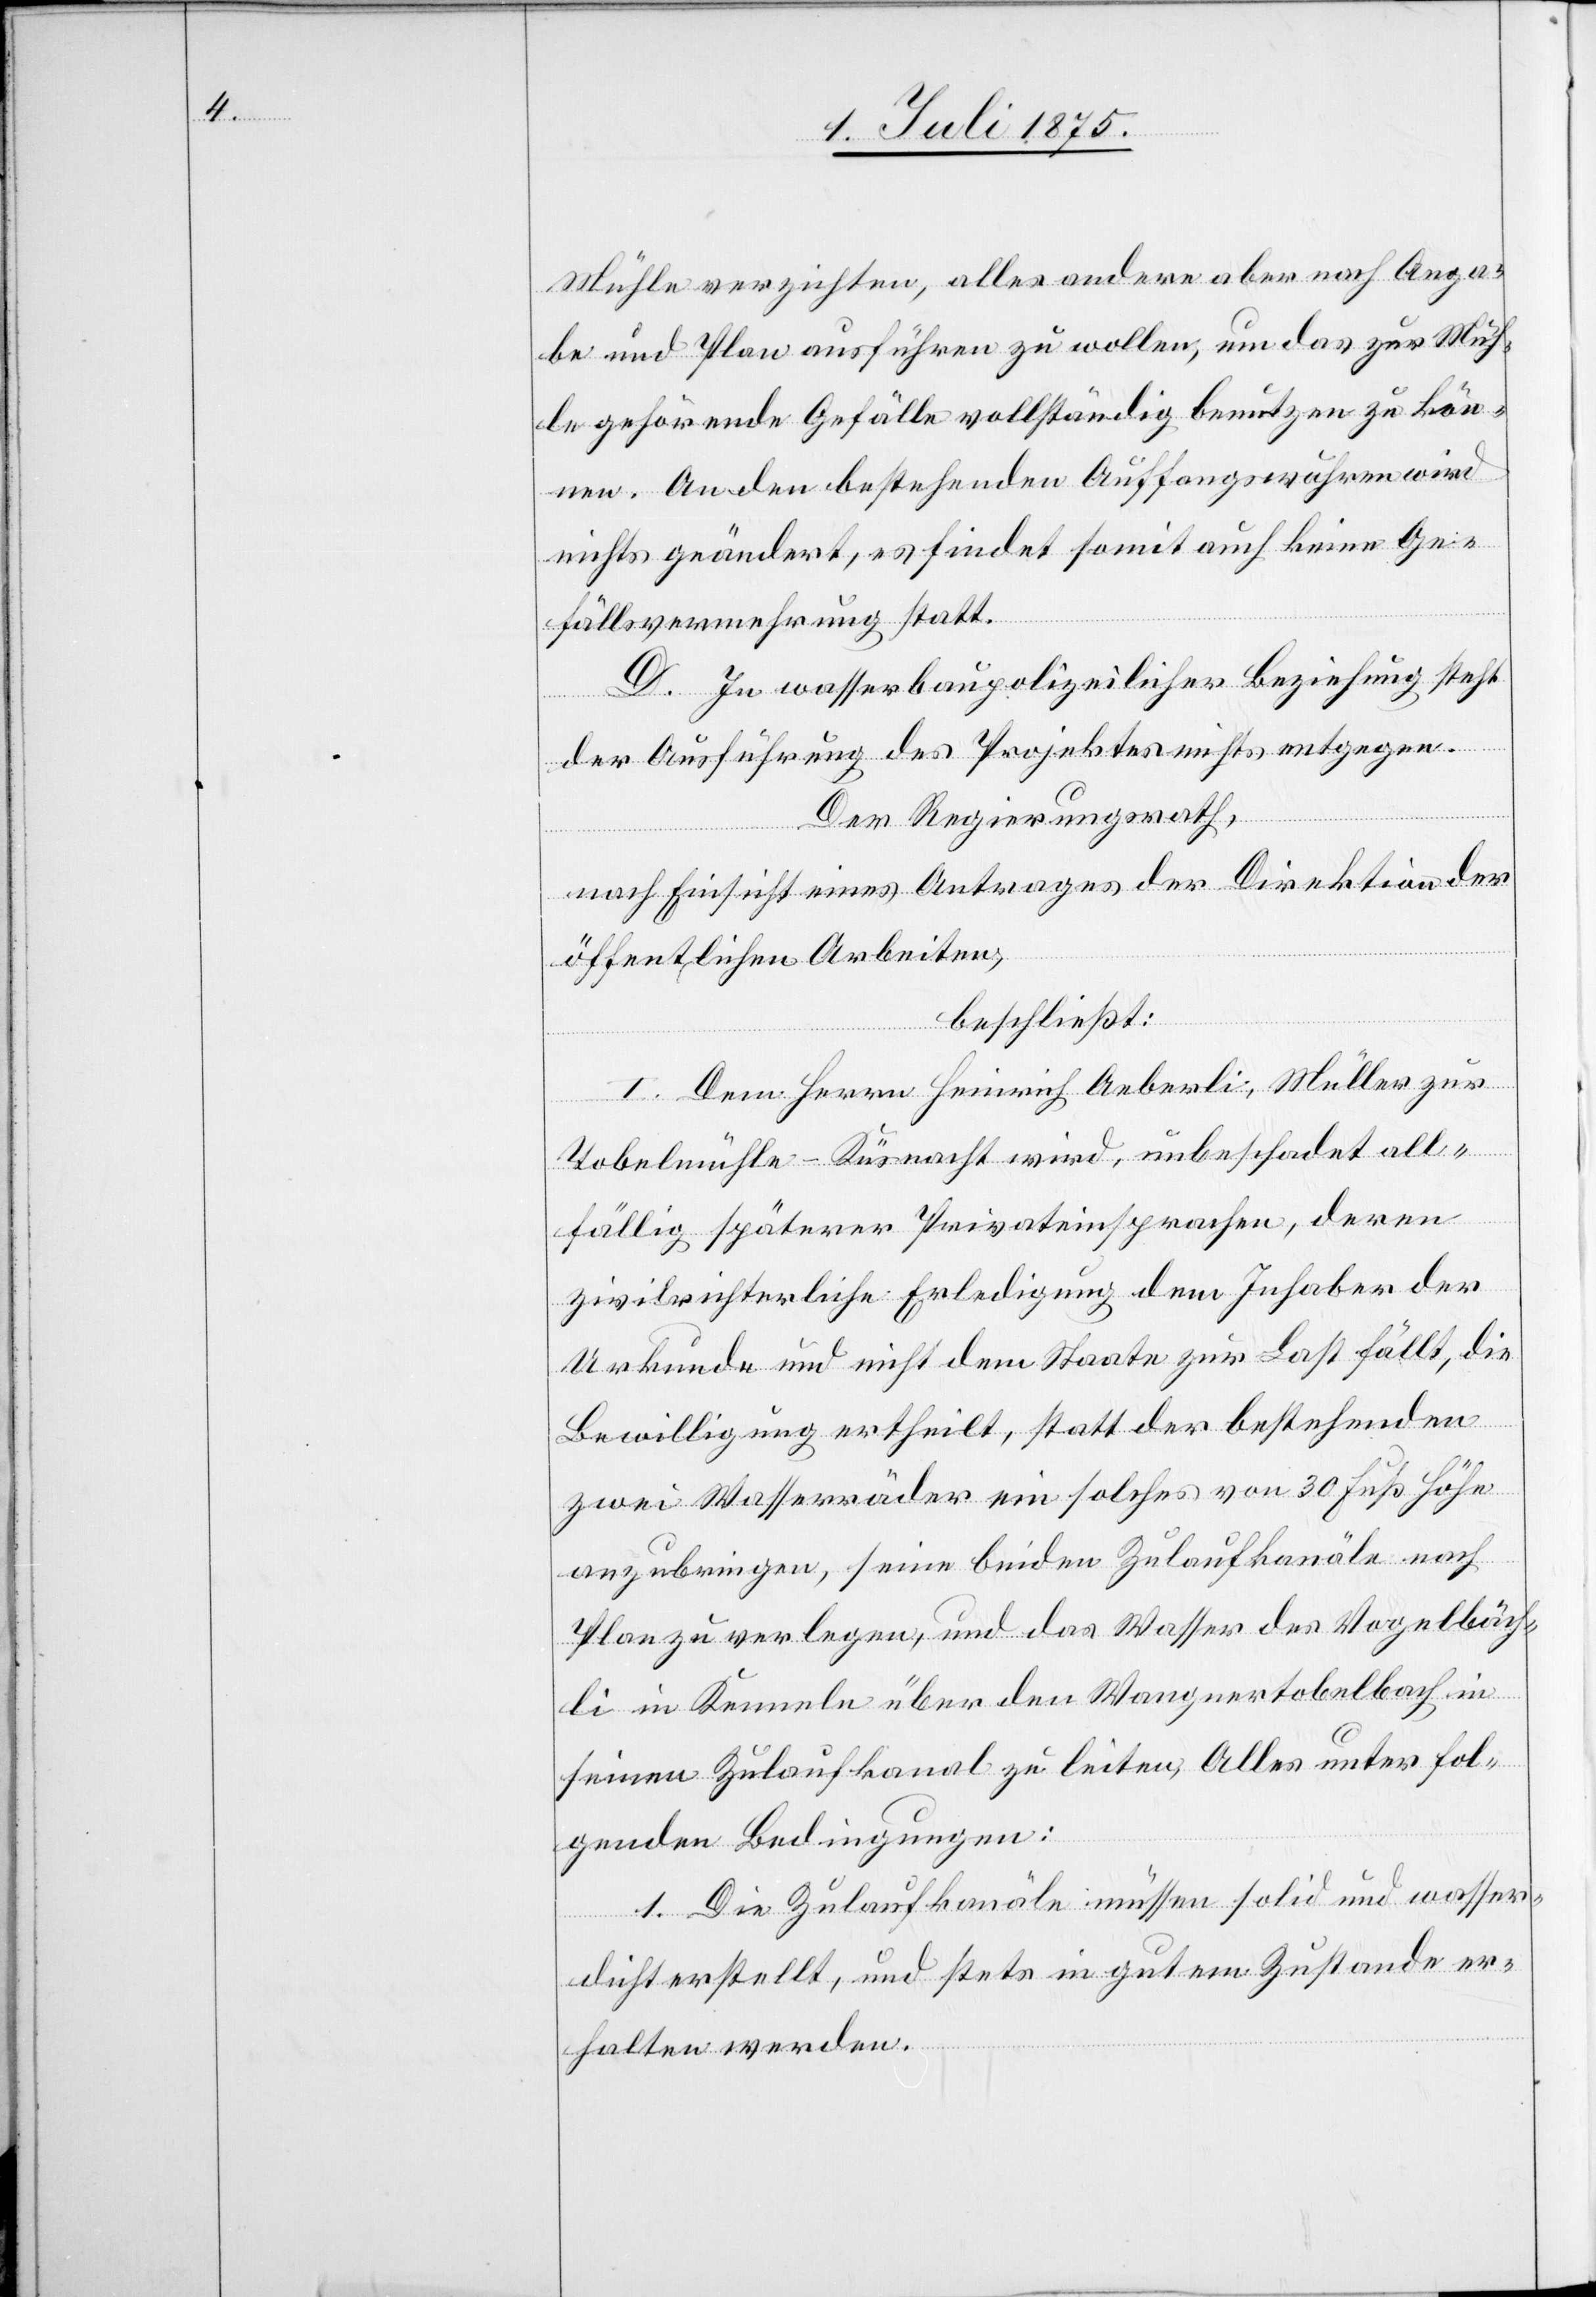
Mühle verzichten, alles andere aber nach Anga¬
be und Plan ausführen zu wollen, um das zur Müh¬
le gehörende Gefälle vollständig benutzen zu kön¬
nen. An den bestehenden Auffangswuhren wird
nichts geändert, es findet somit auch keine Ge¬
fällsvermehrung statt.
D. In wasserbaupolizeilicher Beziehung steht
der Ausführung des Projektes nichts entgegen.
Der Regierungsrath,
nach Einsicht eines Antrages der Direktion der
öffentlichen Arbeiten,
beschließt:
I. Dem Herrn Heinrich Aeberli, Müller zur
Tobelmühle - Küsnacht wird, unbeschadet all¬
fällig späterer Privateinsprachen, deren
zivilrichterliche Erledigung dem Inhaber der
Urkunde und nicht dem Staate zur Last fällt, die
Bewilligung ertheilt, statt der bestehenden
zwei Wasserräder ein solches von 30 Fuß Höhe
anzubringen, seine beiden Zulaufkanäle nach
Plan zu verlegen, und das Wasser des Vogelbäch¬
li in Kenneln über den Wangnertobelbach in
seinen Zulaufkanal zu leiten, Alles unter fol¬
genden Bedingungen:
1. Die Zulaufkanäle müssen solid und wasser¬
dicht erstellt, und stets in gutem Zustande er¬
halten werden.